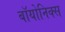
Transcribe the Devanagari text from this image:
बॉयोनिक्स